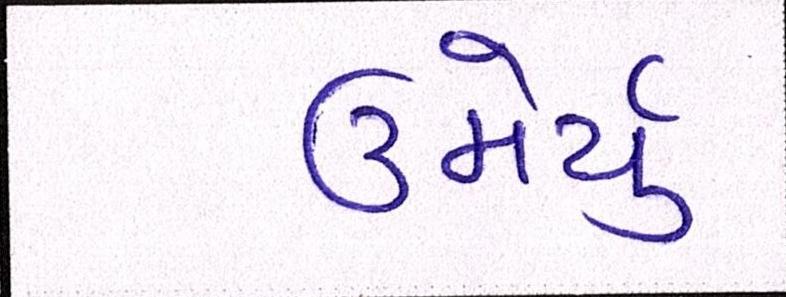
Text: ઉમેર્યું